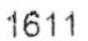
1611